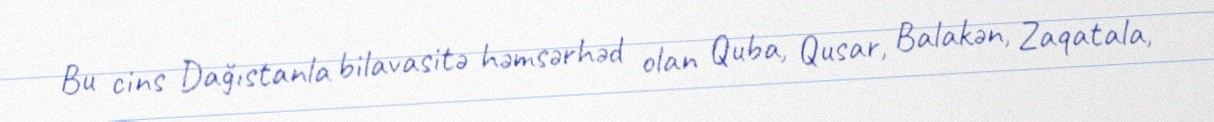
Bu cins Dağıstanla bilavasitə həmsərhəd olan Quba, Qusar, Balakən, Zaqatala,